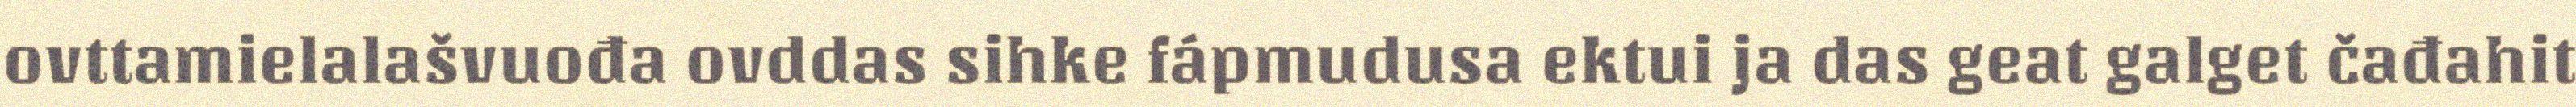
ovttamielalašvuođa ovddas sihke fápmudusa ektui ja das geat galget čađahit